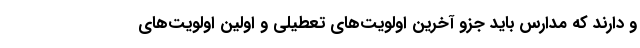
و دارند که مدارس باید جزو آخرین اولویت‌های تعطیلی و اولین اولویت‌های